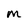
Character: M